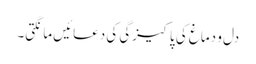
دل و دماغ کی پاکیزگی کی دعائیں مانگتی۔